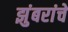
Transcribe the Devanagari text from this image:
झुंबरांचे